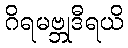
ဂိရမဗ္ဘုဒီရယိ